[Report on the health of British troops in the Madras command]
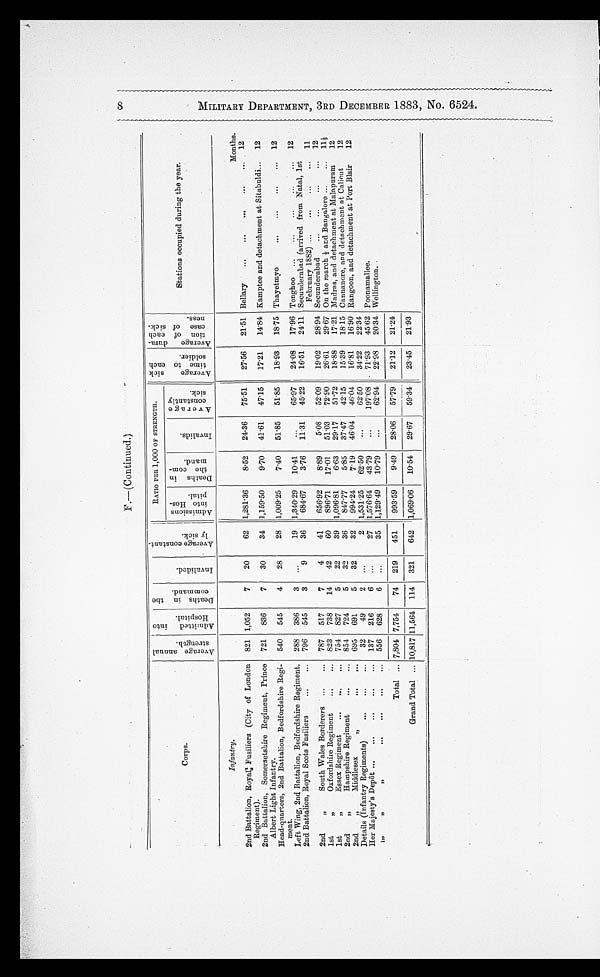
F.—( Continued.)
Corps.
A v e r a g e a n n u a l s t r e n g t h .
A d m i t t e d i n t o H o s p i t a l .
D e a t h s i n t h e c o m m a n d .
I n v a l i d e d .
A v e r a g e c o n s t a n t l y s i c k .
RATIO PER 1,000 OF STRENGTH.
A v e r a g e s i c k t i m e t o e a c h s o l i d e r .
A v e r a g e d u r a t i o n o f e a c h c a s e o f s i c k n e s s .
Stations occupied during the year.
A d m i s s i o n i n t o H o s p i t a l .
D e a t h s i n t h e c o m m a n d .
Invalids.
A v e r a g e c o n s t a n t l y s i c k .
Infantry.
2nd Battalion, Royal; Fusiliers (City of London
Regiment).
821 1,052
7
20
62 1,281.36
8.52 24.36 75.51
27.56 21.51 Bellary
...
...
...,
...
...
Months.
12
2nd Battalion, Somersetshire Regiment, Prince
Albert Light Infantry.
721 836
7
30
34 1,159.50
9.70
41.61
47.15
17.21 14.84 Kamptee and detachment at Sitabuldi... 12
Head-quarters, 2nd Battalion, Bedfordshire Regi-
ment.
540 545
4
28
28 1,009.25
7.40 51.85
51.85
18.93 18.75 Thayetmyo
...
...
... 12
Left Wing, 2nd Battalion, Bedfordshire Regiment, 288 386
3 ...
19 1,340.29
10.41
...
65.97
24.08 17.96 Tonghoo ...
...
...
...
... 12
2nd Battalion, Royal Scots Fusiliers
...
... 796 545
3
9
36
684.67
3.76
11.31 45.22
16.51 24.11 Secunderabad (arrived from Natal, 1st
February 1882) .:.
...
...
...
2nd
„
South Wales Borderers ...
... 787 517
7
4
41
656.92
8.89
5.08
52.09
19.02 28.94 Secunderabad
...
...
..
...
11
12
1st
„
Oxfordshire Regiment
823 738
14
42
60
896.71 17.01 51.03
72.90
26.61
29.67 On the march 1/2 and Bangalore ... ... 11
1st
„
Essex Regiment
...
... ... 754 827
5
22
39 1,096.81
6.63
29.17 51.72
18.88 17.21 Madras, and detachment at Malapuram
12
2nd
„
Hampshire Regiment
... ... 854 724
5
32
36
847.77
5.85
37.47 42.15
15.39 18.15 Cannanore, and detachment at Calicut
12
2nd
„
M i d d l e s e x , , . . .
. . .
695
691
5
32
32
994.24
7.19 46.04 46.04
16.81
16.90 Rangoon, and detachment at Port Blair
12
Details (Infantry Regiments)
...
...
...
32
49
2 ...
2 1,531.25
62.50
...
62.50 34.22 22.34
Her Majesty.s Depôt ... ... ... ... ... 137 216
6 ...
27 1,576.64
43.79
...
197.08 71.93
45.62 Poonamallee.
,, ,, ,, ... ... ... ...
556 628
6 ...
35 1,129.49 10.79
...
62.94 22.98 20.34 Wellington..
Total ... 7,804 7,754
74 219
451
993.59
9.49
28.06 57.79 21.12
21.24
Grand Total ... 10,817 11,564 114 321
642 1,069.06
10.54
29.67
59.34 23.45
21.93
8 M I L I T A R Y D E P A R T M E N T , 3 R D D E C E M B E R 1 8 8 3 , N O . 6 5 2 4 .